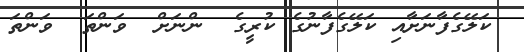
ކަލޭގެފާނަށާއި ކަލޭގެފާނުގެ ކުރީގެ  ންނަށް  ވަންތަ  ވަންތަ